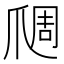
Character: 𬋬